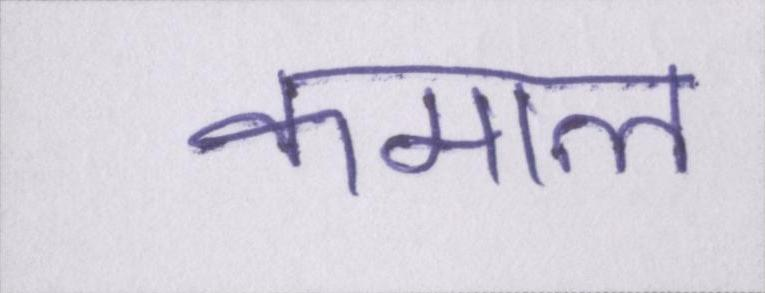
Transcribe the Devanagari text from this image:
कमाल